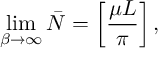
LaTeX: \operatorname * { l i m } _ { \beta \rightarrow \infty } \bar { N } = \left[ { \frac { \mu L } { \pi } } \right] ,